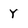
Character: Y